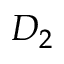
D _ { 2 }